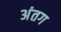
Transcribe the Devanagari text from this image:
अंतग